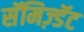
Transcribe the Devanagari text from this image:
सॅमिज़्डॅट